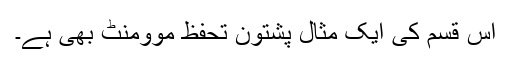
اس قسم کی ایک مثال پشتون تحفظ موومنٹ بھی ہے۔